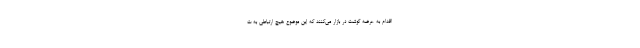
اقدام به عرضه گوشت در بازار می‌کنند که این موضوع هیچ ارتباطی به ت